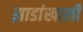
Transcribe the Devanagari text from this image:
झाडांखाली